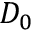
D _ { 0 }